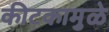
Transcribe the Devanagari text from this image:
कीटकामुळे